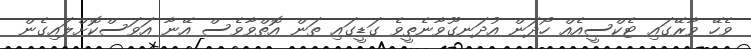
ވެހޭ ވާރޭގައި ޓެކްސީއެއް ހޯދަން އުދަނގޫވާނެތީވެ ގަޑީގައި ތަން އޮތްވާވެސް އޭނާ އަވަސްކޮށްލައިގެން